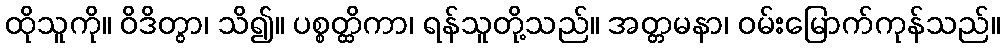
ထိုသူကို။ ဝိဒိတွာ၊ သိ၍။ ပစ္စတ္ထိကာ၊ ရန်သူတို့သည်။ အတ္တမနာ၊ ဝမ်းမြောက်ကုန်သည်။